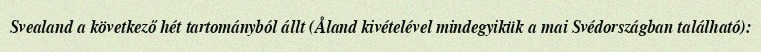
Svealand a következő hét tartományból állt (Åland kivételével mindegyikük a mai Svédországban található):